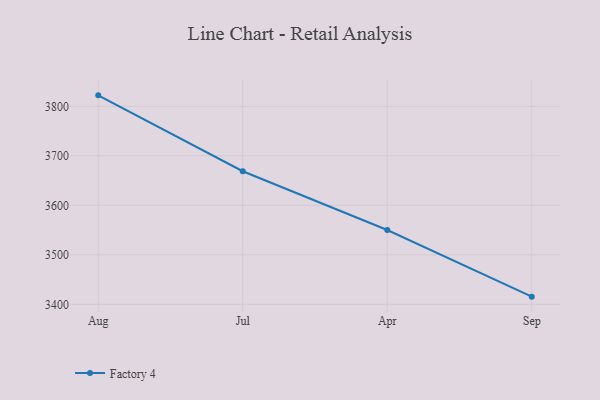
{"axis": {"x": "Month", "y": "Operating Costs (USD K)"}, "legend": ["Factory 4"], "data": [{"x": "Aug", "y": 3822.2, "type": "Factory 4"}, {"x": "Jul", "y": 3668.9, "type": "Factory 4"}, {"x": "Apr", "y": 3550.1, "type": "Factory 4"}, {"x": "Sep", "y": 3415.5, "type": "Factory 4"}]}